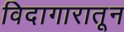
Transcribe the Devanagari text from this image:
विदागारातून